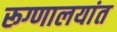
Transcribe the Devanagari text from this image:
रूग्णालयांत